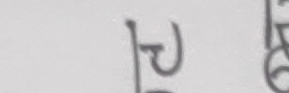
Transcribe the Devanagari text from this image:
पिर